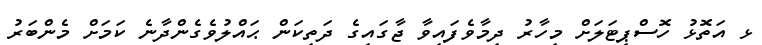
ޅ އަތޮޅު ހޮސްޕިޓަލަށް މިހާރު ދިމާވެފައިވާ ޖާގައިގެ ދަތިކަން ޙައްލުވެގެންދާނެ ކަމަށް މެންބަރު